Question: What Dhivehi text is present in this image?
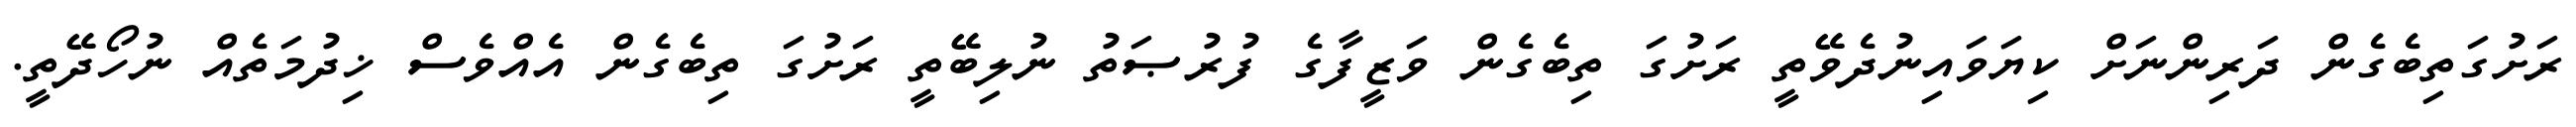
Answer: ރަށުގަތިބެގެން ދަރިންނަށް ކިޔަވައިނުދެވޭތީ ރަށުގަ ތިބެގެން ވަޒީފާގެ ފުރުޞަތު ނުލިބޭތީ ރަށުގަ ތިބެގެން އެއްވެސް ޚިދުމަތެއް ނުހޯދޭތީ.